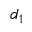
d _ { 1 }